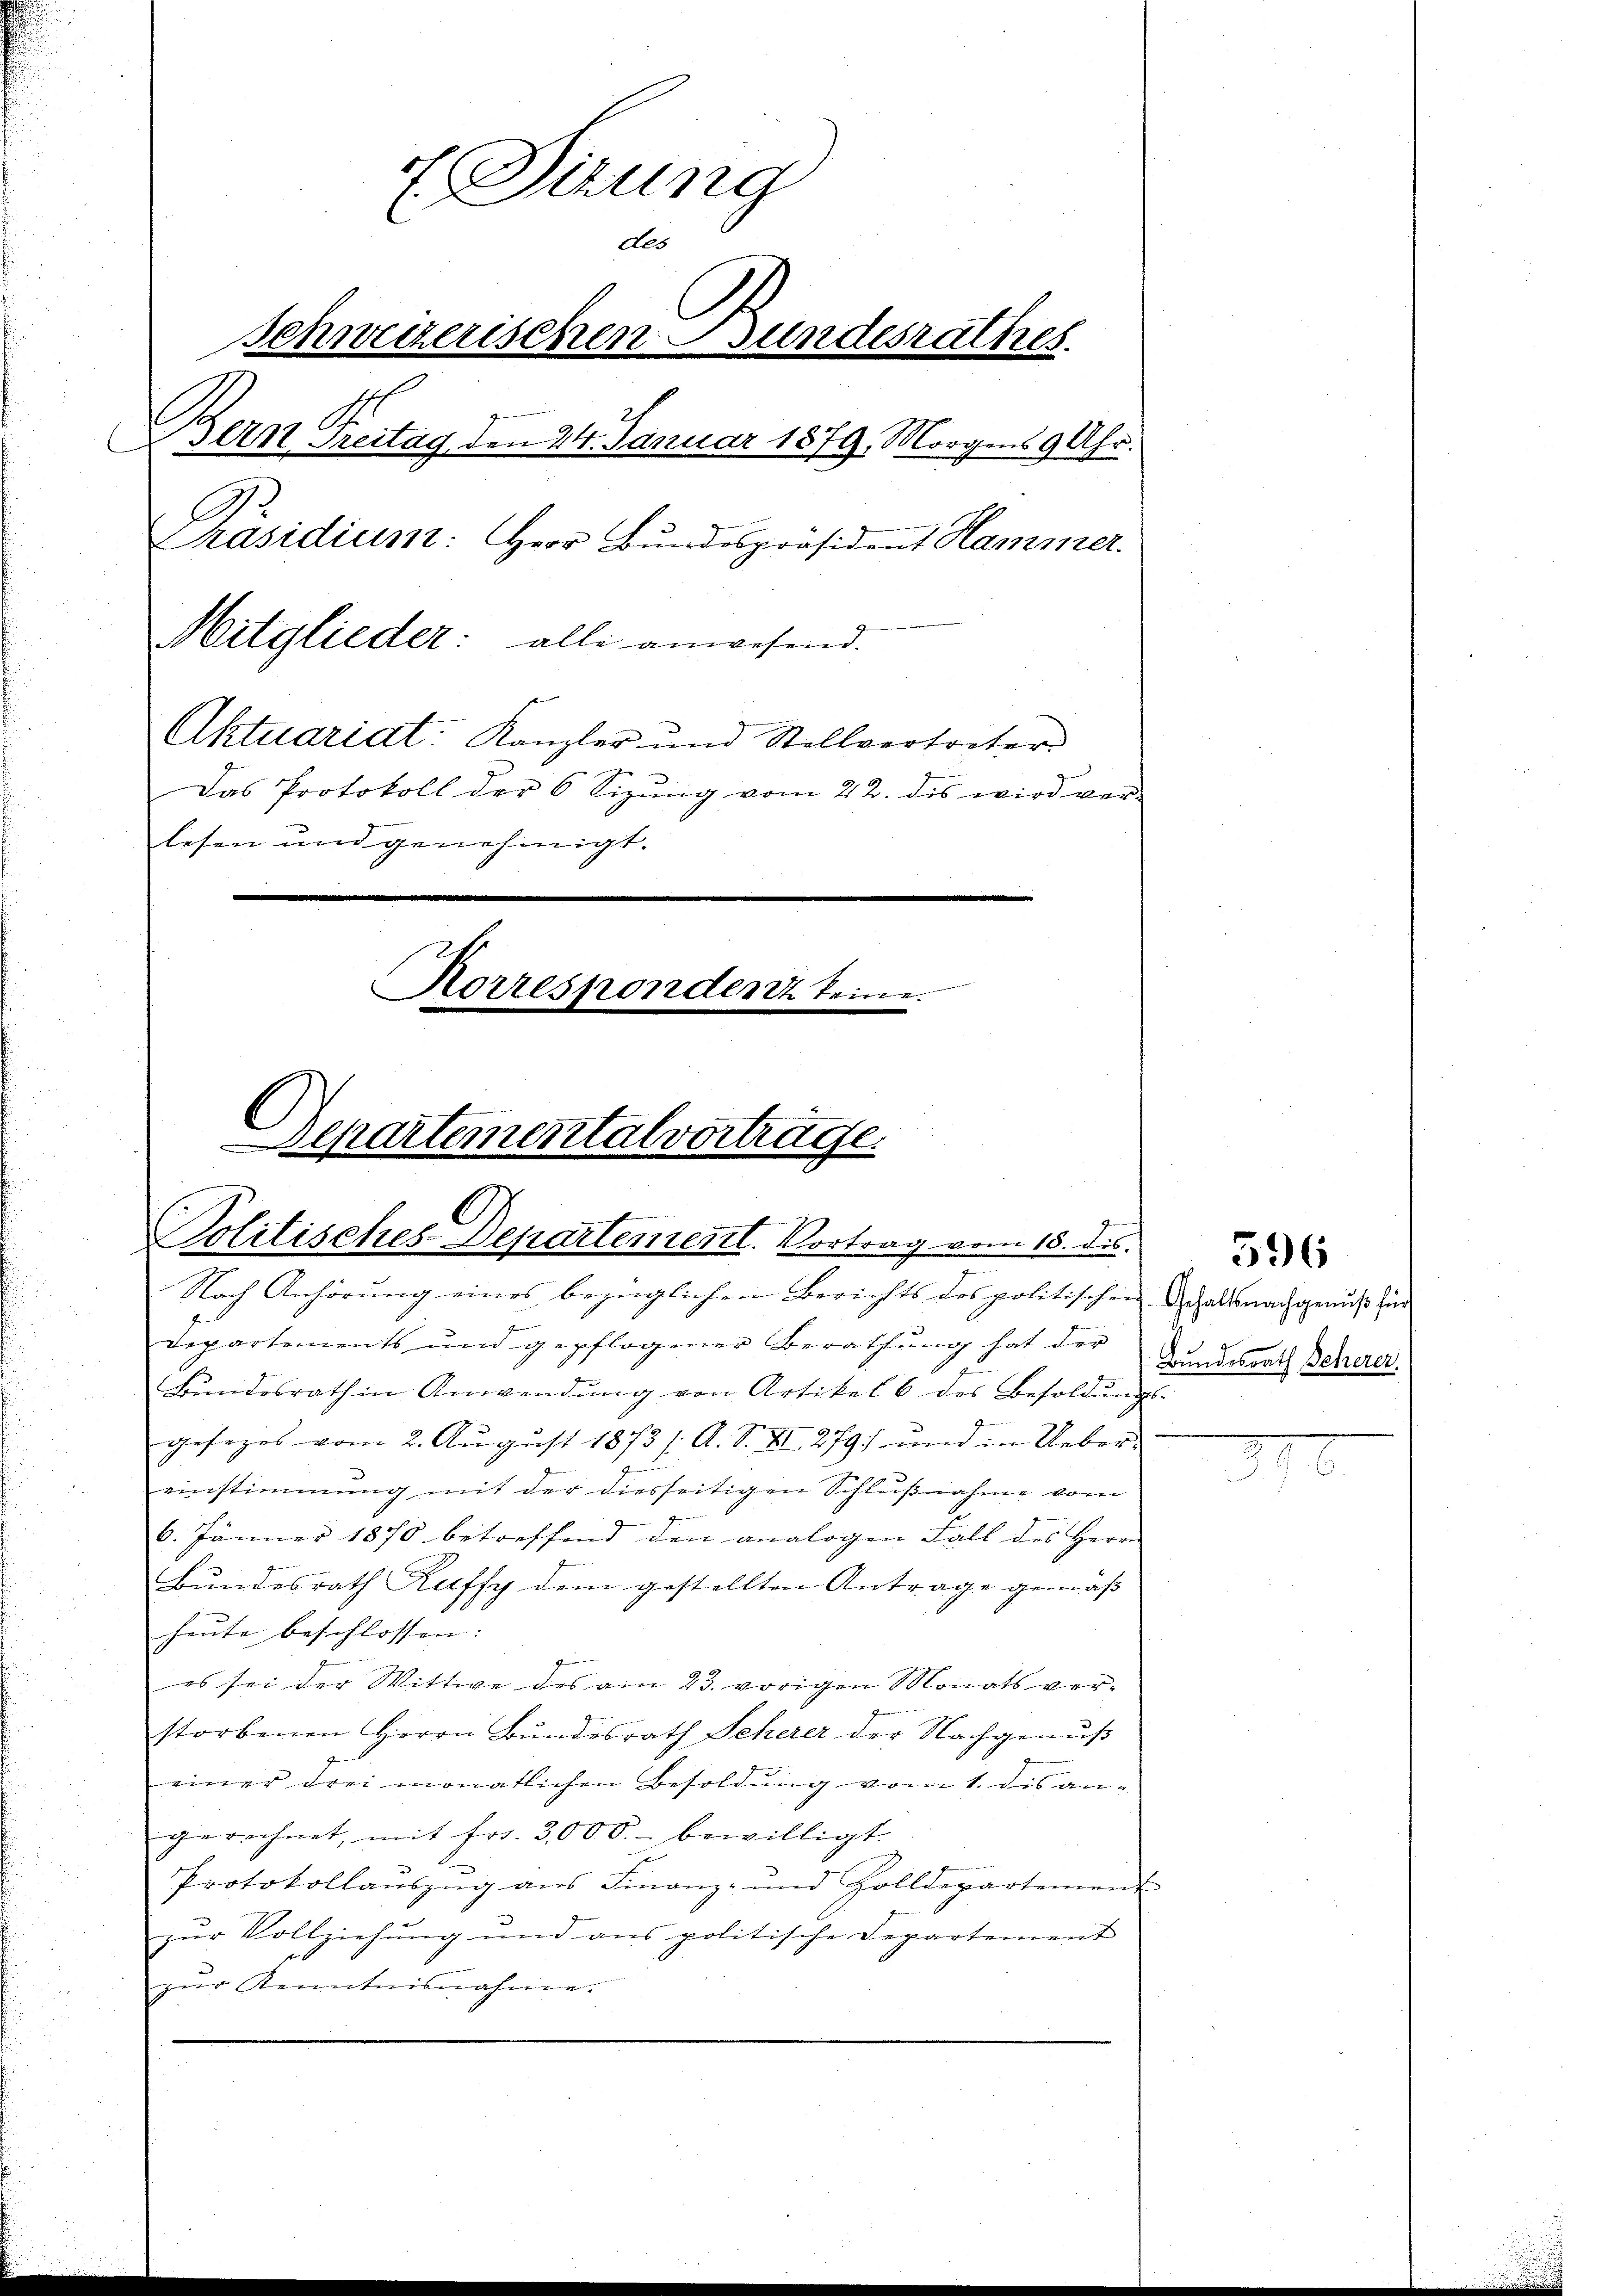
7. Sizung
p
des
Schweizerischen Bundesrathes.
Bern Freitag den 24. Januar 1879, Morgens 9 Uhr.
Präsidium: Herr Bŭndespräsident Hammer.
Mitglieder: alle anwesend.
Aktuariat: Kanzler und Stellvertreter
Ge
Das Protokoll der 6 Sizung vom 22. des wird ver-
lesen und genehmigt.
Korrespondenz keine
e

ckartementalvertrage.
Politisches Departement. Vortrag vom 18. ds.

Nach Anhörung eines bezüglichen Berichts des politischen Gehalts nachgenuss für
Departements und gepflogener Berathung hat der
Bundesrath in Anwendŭng von Artikel 6 des Besoldŭngs-
gesezes vom 2. August 1873 /A. S. II., 279) und in Uebereinstimmung mit der diesseitigen Schlußnahme vom
6. Jänner 1870 betreffend den analogen Fall des Herrn
Bundesrath Raffy dem gestellten Antrage gemäß
heute beschlossen:
es sei der Wittwe des am 23. vorigen Monats ver-
storbenen Herrn Bŭndesrath Seherer der Nachgenuß
einer drei monatlichen Besoldŭng vom 1. dis an-
gerechnet, mit fr. 3000.- bewilligt.
Protokollauszug aus Finanz- und Zolldepartement
zur Vollziehung und aus politische Departement
zŭr Kenntnisnahme.

Bundesrath Beherer.

596